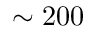
\sim 2 0 0